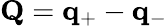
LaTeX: \mathbf{Q}=\mathbf{q}_{+}-\mathbf{q}_{-}